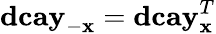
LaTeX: \mathbf{dcay}_{-\mathbf{x}}=\mathbf{dcay}_{\mathbf{x}}^{T}